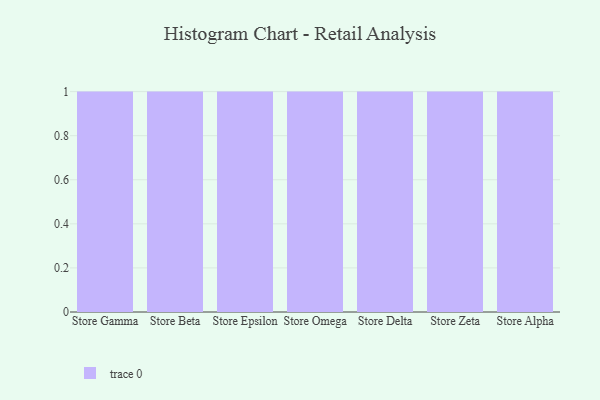
{"axis": {"x": "Store", "y": "Operating Costs (USD K)"}, "legend": [""], "data": [{"x": "Store Gamma", "y": 75, "type": ""}, {"x": "Store Beta", "y": 40, "type": ""}, {"x": "Store Epsilon", "y": 57, "type": ""}, {"x": "Store Omega", "y": 26, "type": ""}, {"x": "Store Delta", "y": 59, "type": ""}, {"x": "Store Zeta", "y": 24, "type": ""}, {"x": "Store Alpha", "y": 80, "type": ""}]}